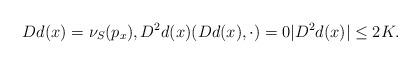
LaTeX: \begin{align*}Dd(x)=\nu_S(p_x), D^2 d(x)(Dd(x),\cdot)=0 |D^2 d (x)| \leq 2 K. \end{align*}